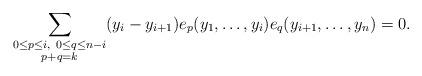
LaTeX: \begin{align*}\sum_{\substack{0\le p\le i,\ 0\le q\le n-i \\ p+q=k}} (y_i-y_{i+1}) e_{p}(y_1,\ldots,y_i) e_{q}(y_{i+1},\ldots,y_n)=0.\end{align*}